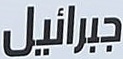
جبرائيل